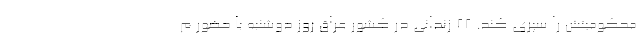
محکومیتش را سپری کند. ۲۲ زندانی در کشور عراق روز دوشنبه با حضور م